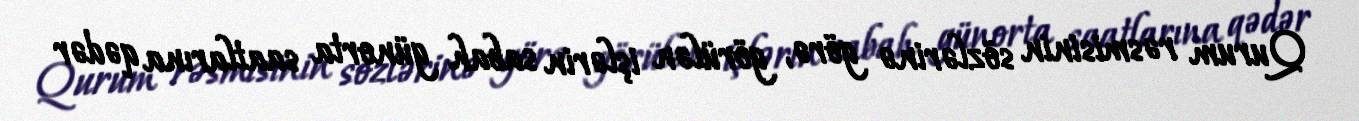
Qurum rəsmisinin sözlərinə görə, görülən işlərin sabah günorta saatlarına qədər